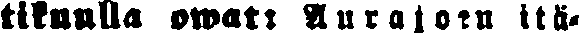
tikuulla owat: Aurajoen itä-